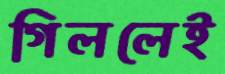
গিললেই